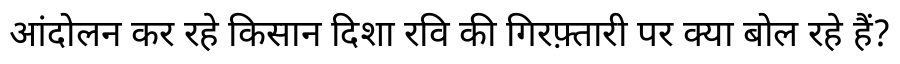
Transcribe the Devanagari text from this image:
आंदोलन कर रहे किसान दिशा रवि की गिरफ़्तारी पर क्या बोल रहे हैं?